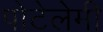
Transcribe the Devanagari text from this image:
पोटेलेमी